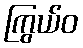
ကြွယ်ဝ